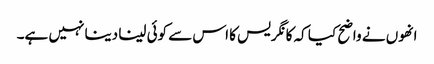
انھوں نے واضح کیا کہ کانگریس کا اس سے کوئی لینا دینا نہیں ہے۔